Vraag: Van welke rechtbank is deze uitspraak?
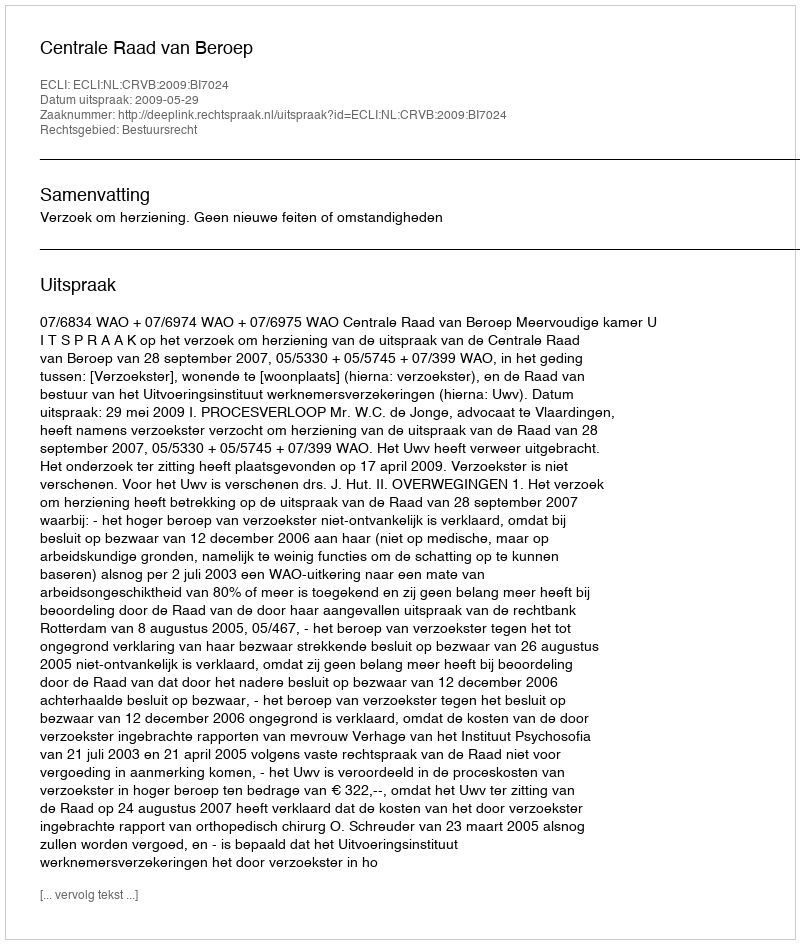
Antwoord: Centrale Raad van Beroep